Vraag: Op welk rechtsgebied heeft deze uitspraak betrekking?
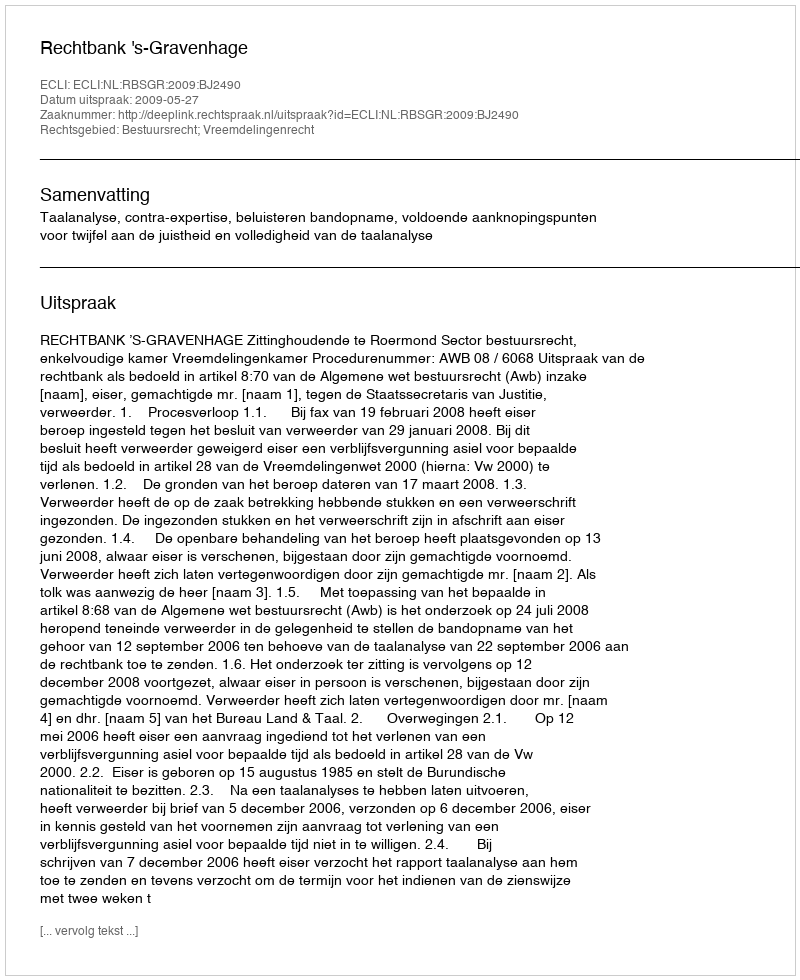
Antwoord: Bestuursrecht; Vreemdelingenrecht